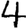
Digit: 4